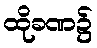
ထိုခဏ၌